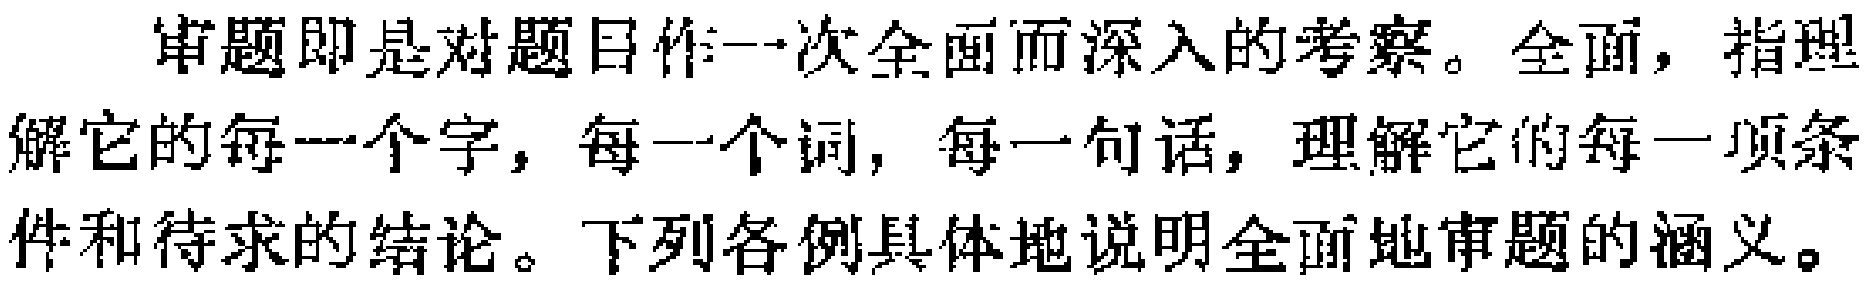
审题即是对题目作一次全面而深入的考察。全面，指理解它的每一个字，每一个词，每一句话，理解它的每一项条件和待求的结论。下列各例具体地说明全面地审题的涵义。